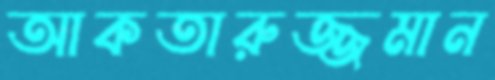
আকতারুজ্জমান